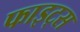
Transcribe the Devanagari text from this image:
फाइट्स